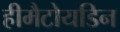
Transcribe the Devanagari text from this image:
हीमैटोयडिन